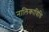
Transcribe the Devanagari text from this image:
नालिकाविधि